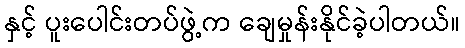
နှင့် ပူးပေါင်းတပ်ဖွဲ့က ချေမှုန်းနိုင်ခဲ့ပါတယ်။